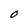
Character: O